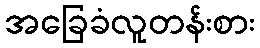
အခြေခံလူတန်းစား